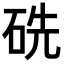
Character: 𥑻